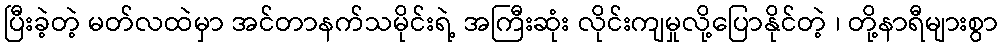
ပြီးခဲ့တဲ့ မတ်လထဲမှာ အင်တာနက်သမိုင်းရဲ့ အကြီးဆုံး လိုင်းကျမှုလို့ပြောနိုင်တဲ့ ၊ တို့နာရီများစွာ